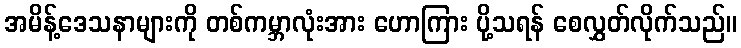
အမိန့်ဒေသနာများကို တစ်ကမ္ဘာလုံးအား ဟောကြား ပို့သရန် စေလွှတ်လိုက်သည်။